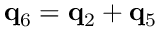
{ \bf q } _ { 6 } = { \bf q } _ { 2 } + { \bf q } _ { 5 }